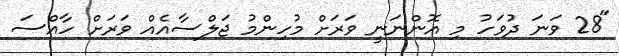
"28 ވަނަ ދުވަހު މި އޮންނަނީ ވަރަށް މުހިންމު ޖަލްސާއެއް ވަރަށް ހާއްސަ